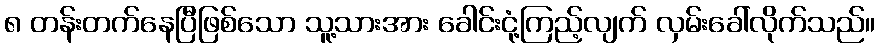
၈ တန်းတက်နေပြီဖြစ်သော သူ့သားအား ခေါင်းငုံ့ကြည့်လျက် လှမ်းခေါ်လိုက်သည်။